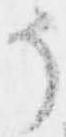
そ